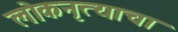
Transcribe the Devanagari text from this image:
लोकनृत्याचा